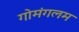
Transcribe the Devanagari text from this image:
गोमंगलम